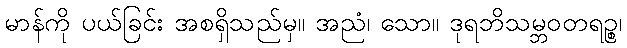
မာန်ကို ပယ်ခြင်း အစရှိသည်မှ။ အညံ၊ သော။ ဒုရဘိသမ္ဘဝတရဉ္စ၊